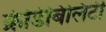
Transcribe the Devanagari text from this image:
क्रेडिबिलिटी